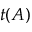
t ( A )